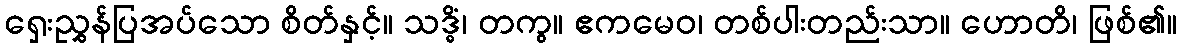
ရှေးညွှန်ပြအပ်သော စိတ်နှင့်။ သဒ္ဓိံ၊ တကွ။ ဧကမေဝ၊ တစ်ပါးတည်းသာ။ ဟောတိ၊ ဖြစ်၏။